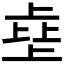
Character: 𰀗